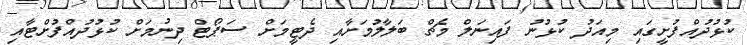
ކުޅުދުއްފުށީގައި މިއަދު ކުޅުނު ފައިނަލް މެޗް ބަލާލުމަށާއި ދެޓީމަށް ސަޕޯޓް ދިނުމަށް ކުޅުދުއްފުށްޓާއި